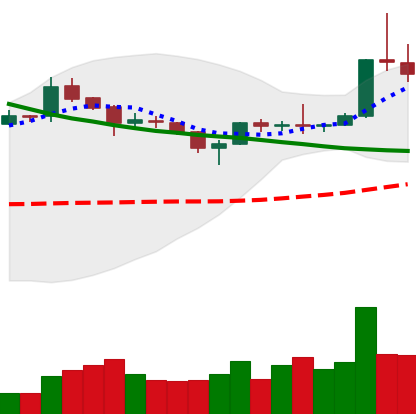
Ticker: XLM-USD
Chart end date: 2019-04-04
Forward return: 5.553%
Label: up_5_7